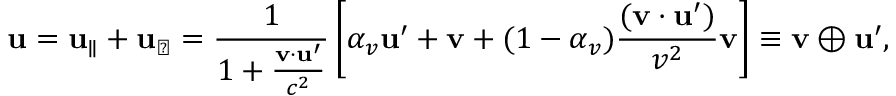
\mathbf { u } = \mathbf { u } _ { \parallel } + \mathbf { u } _ { \perp } = { \frac { 1 } { 1 + { \frac { \mathbf { v } \cdot \mathbf { u } ^ { \prime } } { c ^ { 2 } } } } } \left[ \alpha _ { v } \mathbf { u } ^ { \prime } + \mathbf { v } + ( 1 - \alpha _ { v } ) { \frac { ( \mathbf { v } \cdot \mathbf { u } ^ { \prime } ) } { v ^ { 2 } } } \mathbf { v } \right] \equiv \mathbf { v } \oplus \mathbf { u } ^ { \prime } ,